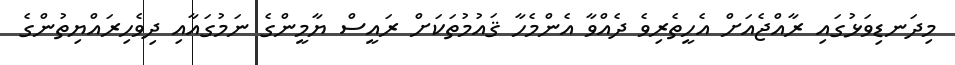
މިދަނޑިވަޅުގައި ރާއްޖެއަށް އެހީތެރިވެ ދެއްވާ އެންމެހާ ޤައުމުތަކަށް ރައީސް ޔާމީންގެ ނަމުގައާއި ދިވެހިރައްޔިތުންގެ